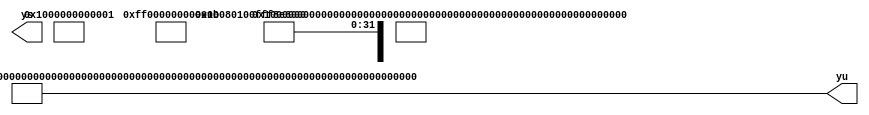
module constpower(ys, yu);

output [8*8*8-1:0] ys, yu;

genvar i, j;

generate
	for (i = 0; i < 8; i = i+1)
	for (j = 0; j < 8; j = j+1) begin:V
		assign ys[i*8 + j*64 + 7 : i*8 + j*64] = $signed(i-4) ** $signed(j-4);
		assign yu[i*8 + j*64 + 7 : i*8 + j*64] = $unsigned(i) ** $unsigned(j);
	end
endgenerate

endmodule